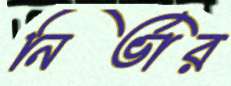
নির্ভার